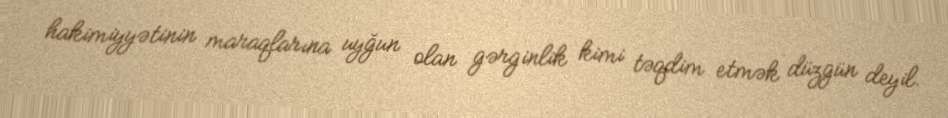
hakimiyyətinin maraqlarına uyğun olan gərginlik kimi təqdim etmək düzgün deyil.